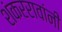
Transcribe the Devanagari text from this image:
शंकररावांनीं